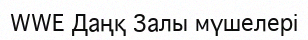
WWE Даңқ Залы мүшелері